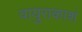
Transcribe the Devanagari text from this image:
वायुराकाशं